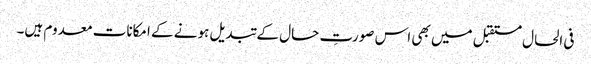
فی الحال مستقبل میں بھی اس صورتِ حال کے تبدیل ہونے کے امکانات معدوم ہیں۔